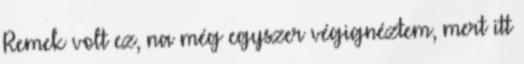
Remek volt ez, na még egyszer végignéztem, mert itt